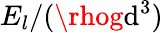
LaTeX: E_{l}/(\rhog\mathrm{d}^{3})